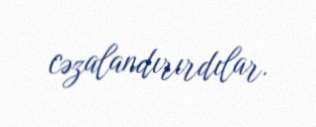
cəzalandırırdılar.